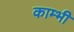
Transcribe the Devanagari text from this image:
काम्भी